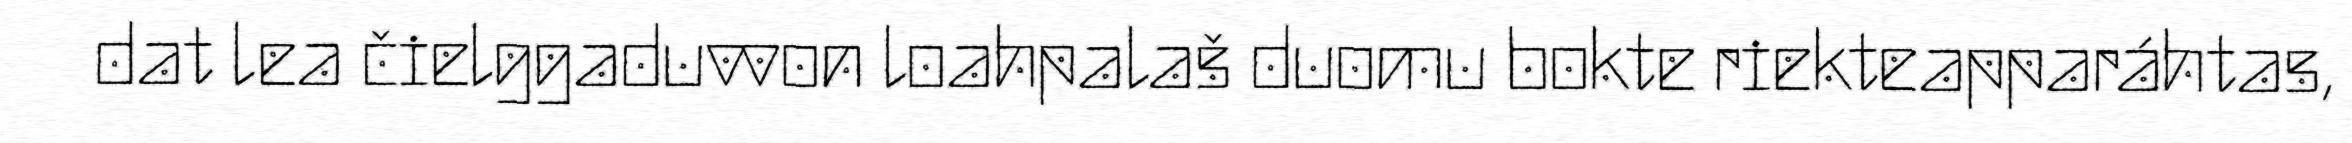
dat lea čielggaduvvon loahpalaš duomu bokte riekteapparáhtas,